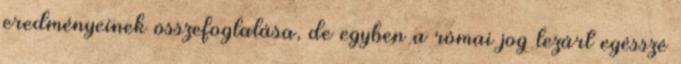
eredményeinek összefoglalása, de egyben a római jog lezárt egésszé